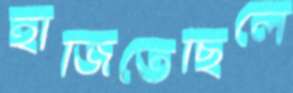
হাজিতেছিলে